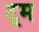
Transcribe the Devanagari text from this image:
टूम